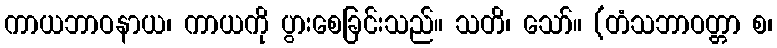
ကာယဘာဝနာယ၊ ကာယကို ပွားစေခြင်းသည်။ သတိ၊ သော်။ (တံသဘာဝတ္တာ စ၊